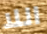
اللا